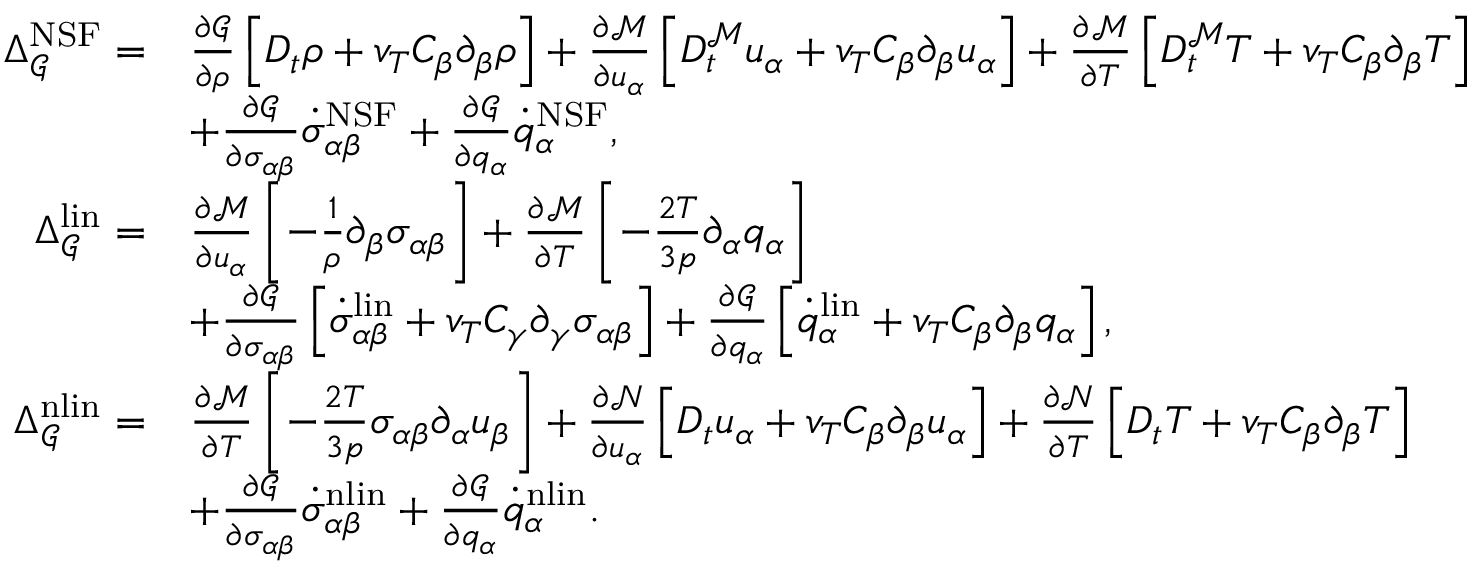
\begin{array} { r l } { \Delta _ { \mathcal { G } } ^ { \mathrm { N S F } } = } & { \frac { \partial \mathcal { G } } { \partial \rho } \left[ D _ { t } \rho + v _ { T } C _ { \beta } \partial _ { \beta } \rho \right] + \frac { \partial \mathcal { M } } { \partial u _ { \alpha } } \left[ D _ { t } ^ { \mathcal { M } } u _ { \alpha } + v _ { T } C _ { \beta } \partial _ { \beta } u _ { \alpha } \right] + \frac { \partial \mathcal { M } } { \partial T } \left[ D _ { t } ^ { \mathcal { M } } T + v _ { T } C _ { \beta } \partial _ { \beta } T \right] } \\ & { + \frac { \partial \mathcal { G } } { \partial \sigma _ { \alpha \beta } } \dot { \sigma } _ { \alpha \beta } ^ { \mathrm { N S F } } + \frac { \partial \mathcal { G } } { \partial q _ { \alpha } } \dot { q } _ { \alpha } ^ { \mathrm { N S F } } , } \\ { \Delta _ { \mathcal { G } } ^ { \mathrm { l i n } } = } & { \frac { \partial \mathcal { M } } { \partial u _ { \alpha } } \left[ - \frac { 1 } { \rho } \partial _ { \beta } \sigma _ { \alpha \beta } \right] + \frac { \partial \mathcal { M } } { \partial T } \left[ - \frac { 2 T } { 3 p } \partial _ { \alpha } q _ { \alpha } \right] } \\ & { + \frac { \partial \mathcal { G } } { \partial \sigma _ { \alpha \beta } } \left[ \dot { \sigma } _ { \alpha \beta } ^ { \mathrm { l i n } } + v _ { T } C _ { \gamma } \partial _ { \gamma } \sigma _ { \alpha \beta } \right] + \frac { \partial \mathcal { G } } { \partial q _ { \alpha } } \left[ \dot { q } _ { \alpha } ^ { \mathrm { l i n } } + v _ { T } C _ { \beta } \partial _ { \beta } q _ { \alpha } \right] , } \\ { \Delta _ { \mathcal { G } } ^ { \mathrm { n l i n } } = } & { \frac { \partial \mathcal { M } } { \partial T } \left[ - \frac { 2 T } { 3 p } \sigma _ { \alpha \beta } \partial _ { \alpha } u _ { \beta } \right] + \frac { \partial \mathcal { N } } { \partial u _ { \alpha } } \left[ D _ { t } u _ { \alpha } + v _ { T } C _ { \beta } \partial _ { \beta } u _ { \alpha } \right] + \frac { \partial \mathcal { N } } { \partial T } \left[ D _ { t } T + v _ { T } C _ { \beta } \partial _ { \beta } T \right] } \\ & { + \frac { \partial \mathcal { G } } { \partial \sigma _ { \alpha \beta } } \dot { \sigma } _ { \alpha \beta } ^ { \mathrm { n l i n } } + \frac { \partial \mathcal { G } } { \partial q _ { \alpha } } \dot { q } _ { \alpha } ^ { \mathrm { n l i n } } . } \end{array}